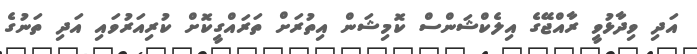
އަދި ވިދާޅުވީ ރާއްޖޭގެ އިލެކްޝަންސް ކޮމިޝަން އިތުރަށް ތަރައްގީކޮށް ކުރިއަރުވައި އަދި ތަނުގެ